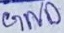
Text: GND